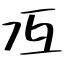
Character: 冱